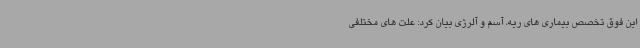
این فوق تخصص بیماری های ریه، آسم و آلرژی بیان کرد: علت های مختلفی